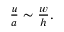
\begin{array} { r } { \frac { u } { a } \sim \frac { w } { h } . } \end{array}